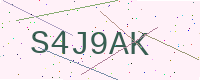
Text: S4J9AK